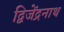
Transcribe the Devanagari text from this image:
द्विजेंद्रनाथ